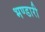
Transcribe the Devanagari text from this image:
भण्‍डारी